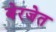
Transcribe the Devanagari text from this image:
बेरजेत